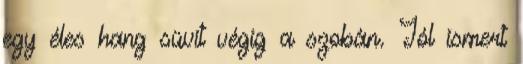
egy éles hang süvít végig a szobán. Jól ismert